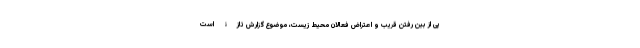
پی از بین رفتن قریب و اعتراض فعالان محیط زیست، موضوع گزارش تازۀ است